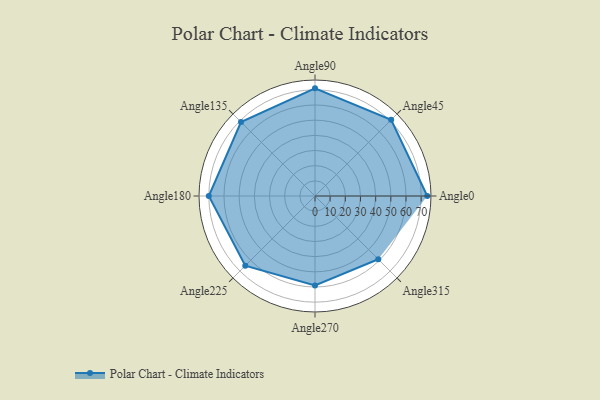
{"axis": {"x": "Angle", "y": "Radius"}, "legend": [""], "data": [{"x": "Angle0", "y": 74.0, "type": ""}, {"x": "Angle45", "y": 71.0, "type": ""}, {"x": "Angle90", "y": 71.0, "type": ""}, {"x": "Angle135", "y": 69.0, "type": ""}, {"x": "Angle180", "y": 70.0, "type": ""}, {"x": "Angle225", "y": 65.0, "type": ""}, {"x": "Angle270", "y": 59.0, "type": ""}, {"x": "Angle315", "y": 59.0, "type": ""}]}